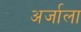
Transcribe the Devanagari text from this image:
अर्जाला